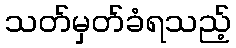
သတ်မှတ်ခံရသည့်